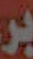
بر